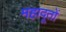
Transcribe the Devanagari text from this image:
महादूतों